Madras plague regulations and rules for district municipalities and other towns and villages
Disease focus: Plague
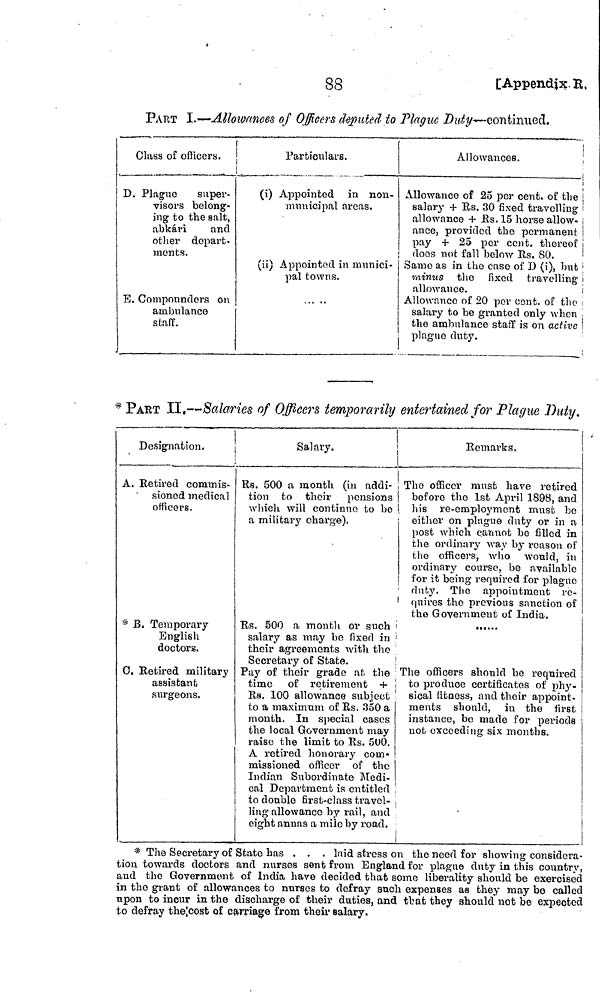
88
[Appendix. R.
PART I.—Allowances of Officers deputed to Plague Duty-continued.
Class of officers.
D. Plague
super-
visors belong-
ing to the salt,
abkári
and
other depart-
ments.
E. Compounders on
ambulance
staff.
Particulars.
(i) Appointed in non-
municipal areas.
(ii) Appointed in munici-
pal towns.
Allowances.
Allowance of 25 per cent, of the
salary + Rs. 30 fixed travelling
allowance + Rs. 15 horse allow-
ance, provided the permanent
pay + 25 per cent, thereof
does not fall below Rs. 80.
Same as in the case of D (i), but
minus the fixed travelling
allowance.
Allowance of 20 per cent. of the
salary to be granted only when
the ambulance staff is on active
plague duty.
* PART II,—Salaries of Officers temporarily entertained for Plague Duty.
Designation.
A. Retired commis-
sioned medical
officers.
* B. Temporary
English
doctors.
C. Retired military
assistant
surgeons.
Salary.
Rs. 500 a month (in addi-
tion to their pensions
which will continue to be
a military charge).
Remarks.
The officer must have retired
before the 1st April 1898, and
his re-employment must be
either on plague duty or in a
post which cannot be filled in j
the ordinary way by reason of
the officers, who would, in
ordinary course, be available
for it being required for plague
duty. The appointment re-
quires the previous sanction of
the Government of India.
Rs. 500 a mouth or such
......
salary as may be fixed in
their agreements with the
Secretary of State.
Pay of their grade at the
time of retirement +
Rs. 100 allowance subject '
to a maximum of Rs. 350 a
month. In special cases
the local Government may
raise the limit to Rs. 500.
The officers should be required
to produce certificates of phy-
sical fitness, and their appoint-
ments should, in the first
instance, be made for periods
not exceeding six months.
A retired honorary com-
missioned officer of the
Indian Subordinate Medi-
cal Department is entitled ,
to donble first-class travel-
ling allowance by rail, and
eight annas a mile by road.
* The Secretary of State has . . . laid stress on the need for showing considera-
tion towards doctors and nurses sent from England for plague duty in this country,
and the Government of India have decided that some liberality should be exercised
in the grant of allowances to nurses to defray such expenses as they may be called
upon to incur in the discharge of their duties, and that they should not be expected
to defray the cost of carriage from their salary.